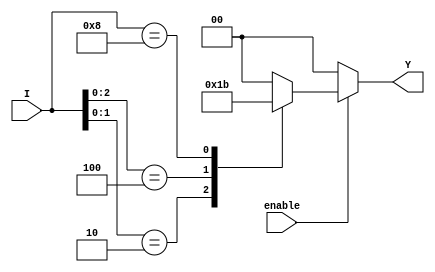
module one_of_n_encoder #(
    parameter N = 4 // Number of inputs
) (
    input wire [N-1:0] I, // Input lines
    input wire enable,     // Enable signal
    output reg [$clog2(N)-1:0] Y // Output lines
);

    always @(*) begin
        if (!enable) begin
            Y = {{$clog2(N){1'b0}}}; // Set outputs to 0 if enable is low
        end else begin
            casez (I) // Use casez to handle don't care conditions
                4'b???1: Y = 2'b00; // I[0] active
                4'b??10: Y = 2'b01; // I[1] active
                4'b?100: Y = 2'b10; // I[2] active
                4'b1000: Y = 2'b11; // I[3] active
                default: Y = {{$clog2(N){1'b0}}}; // Default case if no inputs are high
            endcase
        end
    end

endmodule